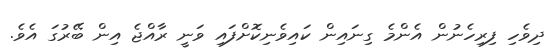
ދިވެހި ފިރިހެނުން އެންމެ ގިނައިން ކައިވެނިކޮށްފައި ވަނީ ރާއްޖެ އިން ބޭރުގަ އެވެ.